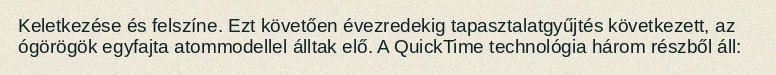
Keletkezése és felszíne. Ezt követően évezredekig tapasztalatgyűjtés következett, az ógörögök egyfajta atommodellel álltak elő. A QuickTime technológia három részből áll: